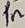
Text: 1n